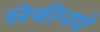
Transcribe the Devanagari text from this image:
सेवीनये